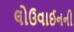
લોઉવાઈનની